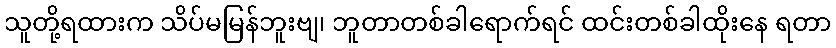
သူတို့ရထားက သိပ်မမြန်ဘူးဗျ၊ ဘူတာတစ်ခါရောက်ရင် ထင်းတစ်ခါထိုးနေ ရတာ